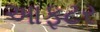
આફટર